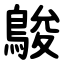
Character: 鵔